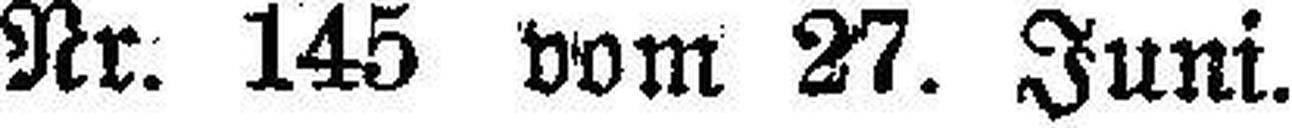
Nr. 145 vom 27. Juni.